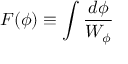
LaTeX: F ( \phi ) \equiv \int { \frac { d \phi } { W _ { \phi } } }